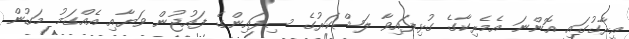
އިރާގުގައި އޮންނަ އެމެރިކާގެ ގުޅިފައިވާ ލަޝްކަރުގެ ސިފައިންގެ ފައުޖުން ވަޔާއި އެއްގަމު މަގުން